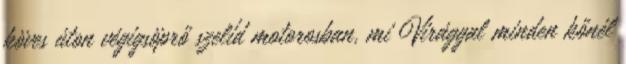
köves úton végigsöprő szelíd motorosban, mi Virággal minden kőnél